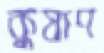
কুষাণ